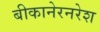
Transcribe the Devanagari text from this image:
बीकानेरनरेश